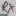
Text: RX